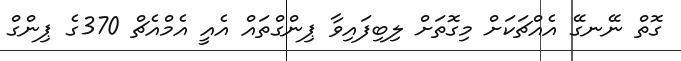
ގޮތް ނޭނގޭ އެއްޗަކަށް މިގޮތަށް ލިބިފައިވާ ޕިންގްތައް އެއީ އެމްއެޗް 370ގެ ޕިންގް